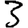
Digit: 3